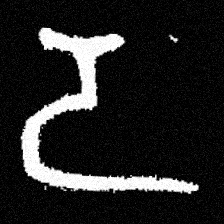
Pyu character \u2014 Myanmar letter: ဒ (romanized: da)